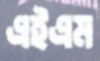
এইএম